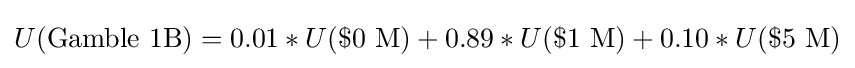
U({\text{Gamble 1B}})=0.01*U(\${\text{0 M}})+0.89*U(\${\text{1 M}})+0.10*U(\${\text{5 M}})